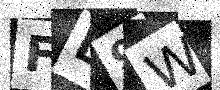
Text: FL9W